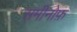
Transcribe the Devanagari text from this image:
समीनोफ़